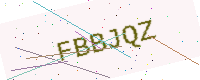
Text: FBBJQZ